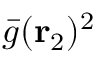
\bar { g } ( { \mathbf { r } _ { 2 } } ) ^ { 2 }